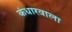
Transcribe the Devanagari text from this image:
कंधारवाला